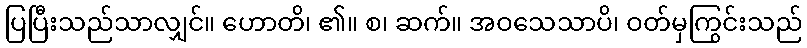
ပြပြီးသည်သာလျှင်။ ဟောတိ၊ ၏။ စ၊ ဆက်။ အဝသေသာပိ၊ ဝတ်မှကြွင်းသည်